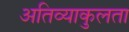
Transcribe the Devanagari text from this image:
अतिव्याकुलता